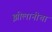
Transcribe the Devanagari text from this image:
झीलानीचा